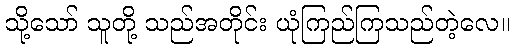
သို့သော် သူတို့ သည်အတိုင်း ယုံကြည်ကြသည်တဲ့လေ။